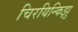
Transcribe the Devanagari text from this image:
चिरयिन्किझु